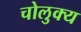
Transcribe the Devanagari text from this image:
चोलुक्य